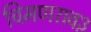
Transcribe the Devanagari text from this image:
चिमणराव३